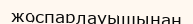
жоспарлауышынан